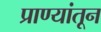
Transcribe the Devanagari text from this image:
प्राण्यांतून